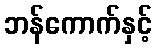
ဘန်ကောက်နှင့်